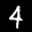
Label: 4